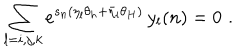
LaTeX: \sum _ { l = i , j , k } e ^ { s _ { n } ( \eta _ { l } \theta _ { h } + \bar { \eta } _ { l } \theta _ { H } ) } \, y _ { l } ( n ) = 0 \, \, .